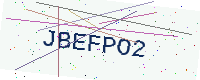
Text: JBEFPO2